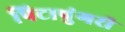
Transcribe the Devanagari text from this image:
पिटापुंगरी